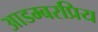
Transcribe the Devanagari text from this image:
आडम्बरप्रिय